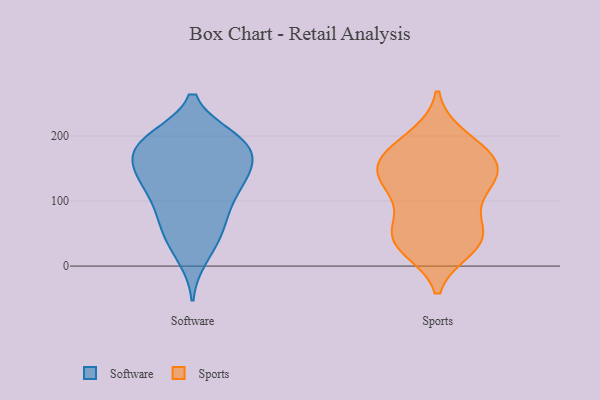
{"axis": {"x": "Population (Million)", "y": "Value"}, "legend": ["Software", "Sports"], "data": [{"x": "", "y": 89, "type": "Software"}, {"x": "", "y": 196, "type": "Software"}, {"x": "", "y": 57, "type": "Software"}, {"x": "", "y": 183, "type": "Software"}, {"x": "", "y": 139, "type": "Software"}, {"x": "", "y": 37, "type": "Software"}, {"x": "", "y": 119, "type": "Software"}, {"x": "", "y": 191, "type": "Software"}, {"x": "", "y": 121, "type": "Software"}, {"x": "", "y": 89, "type": "Software"}, {"x": "", "y": 195, "type": "Software"}, {"x": "", "y": 148, "type": "Software"}, {"x": "", "y": 145, "type": "Software"}, {"x": "", "y": 191, "type": "Software"}, {"x": "", "y": 60, "type": "Software"}, {"x": "", "y": 142, "type": "Software"}, {"x": "", "y": 185, "type": "Software"}, {"x": "", "y": 169, "type": "Software"}, {"x": "", "y": 15, "type": "Software"}, {"x": "", "y": 191, "type": "Sports"}, {"x": "", "y": 157, "type": "Sports"}, {"x": "", "y": 41, "type": "Sports"}, {"x": "", "y": 123, "type": "Sports"}, {"x": "", "y": 136, "type": "Sports"}, {"x": "", "y": 152, "type": "Sports"}, {"x": "", "y": 162, "type": "Sports"}, {"x": "", "y": 106, "type": "Sports"}, {"x": "", "y": 198, "type": "Sports"}, {"x": "", "y": 32, "type": "Sports"}, {"x": "", "y": 110, "type": "Sports"}, {"x": "", "y": 49, "type": "Sports"}, {"x": "", "y": 49, "type": "Sports"}, {"x": "", "y": 54, "type": "Sports"}, {"x": "", "y": 28, "type": "Sports"}, {"x": "", "y": 167, "type": "Sports"}, {"x": "", "y": 150, "type": "Sports"}]}